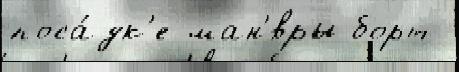
поса́дк'е ман'́вры борт